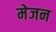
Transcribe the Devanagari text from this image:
मेजन